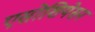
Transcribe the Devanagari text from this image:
एसोशियेसन